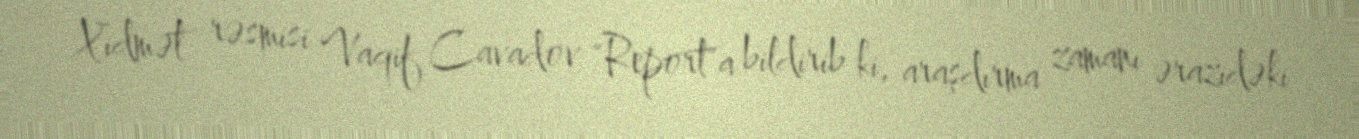
Xidmət rəsmisi Vaqif Cavadov "Report"a bildirib ki, araşdırma zamanı ərazidəki